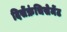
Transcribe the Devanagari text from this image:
दिसेंफ्रंचिसेमेंट